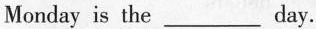
Monday is the___day.